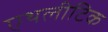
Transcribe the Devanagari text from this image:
एथलीटिक